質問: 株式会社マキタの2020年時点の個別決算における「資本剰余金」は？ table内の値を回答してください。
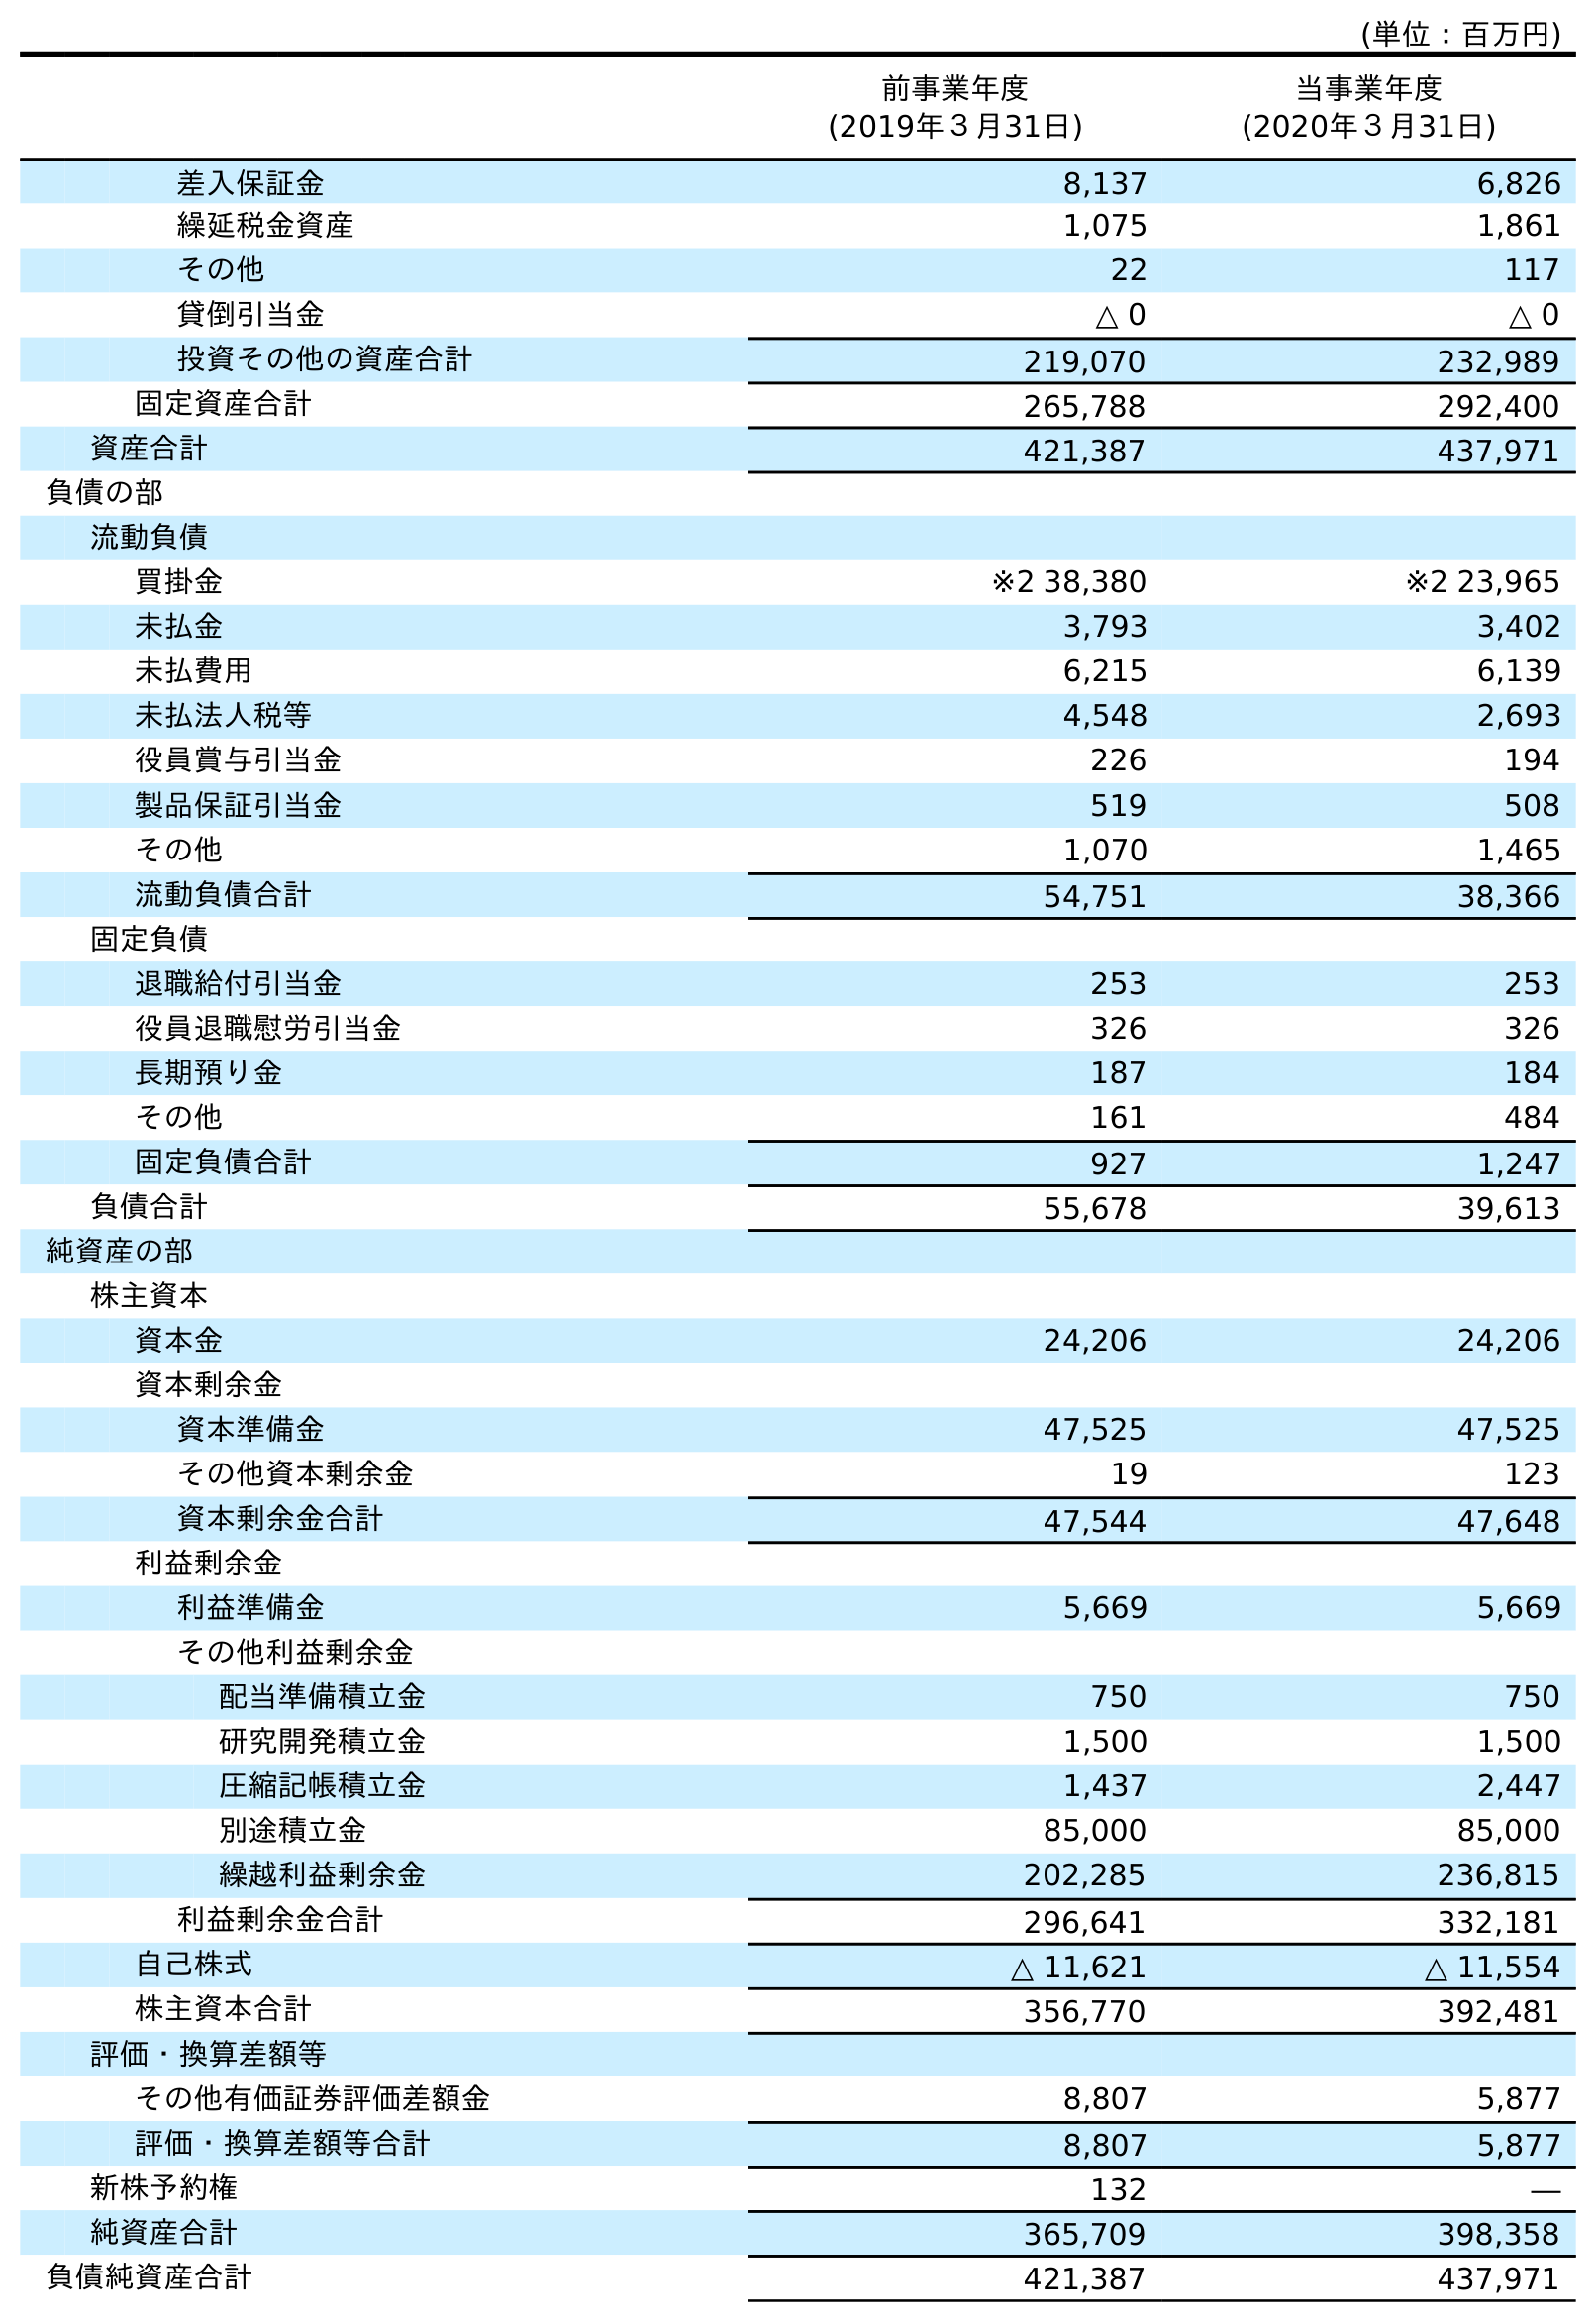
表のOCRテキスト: (単位：百万円) 前事業年度 (2019年３月31日) 当事業年度 (2020年３月31日) 差入保証金 8,137 6,826 繰延税金資産 1,075 1,861 その他 22 117 貸倒引当金 △ 0 △ 0 投資その他の資産合計 219,070 232,989 固定資産合計 265,788 292,400 資産合計 421,387 437,971 負債の部 流動負債 買掛金 ※2 38,380 ※2 23,965 未払金 3,793 3,402 未払費用 6,215 6,139 未払法人税等 4,548 2,693 役員賞与引当金 226 194 製品保証引当金 519 508 その他 1,070 1,465 流動負債合計 54,751 38,366 固定負債 退職給付引当金 253 253 役員退職慰労引当金 326 326 長期預り金 187 184 その他 161 484 固定負債合計 927 1,247 負債合計 55,678 39,613 純資産の部 株主資本 資本金 24,206 24,206 資本剰余金 資本準備金 47,525 47,525 その他資本剰余金 19 123 資本剰余金合計 47,544 47,648 利益剰余金 利益準備金 5,669 5,669 その他利益剰余金 配当準備積立金 750 750 研究開発積立金 1,500 1,500 圧縮記帳積立金 1,437 2,447 別途積立金 85,000 85,000 繰越利益剰余金 202,285 236,815 利益剰余金合計 296,641 332,181 自己株式 △ 11,621 △ 11,554 株主資本合計 356,770 392,481 評価・換算差額等 その他有価証券評価差額金 8,807 5,877 評価・換算差額等合計 8,807 5,877 新株予約権 132 ― 純資産合計 365,709 398,358 負債純資産合計 421,387 437,971
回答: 47,648